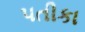
પતીકા